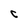
Character: C